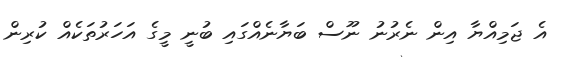
އެ ޖަމިއްޔާ އިން ނެރުނު ނޫސް ބަޔާނެއްގައި ބުނީ މީގެ އަހަރުތަކެއް ކުރިން